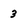
Character: 3